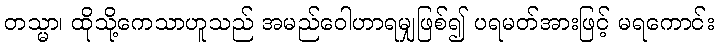
တသ္မာ၊ ထိုသို့ကေသာဟူသည် အမည်ဝေါဟာရမျှဖြစ်၍ ပရမတ်အားဖြင့် မရကောင်း